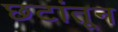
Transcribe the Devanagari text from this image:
छटांतून